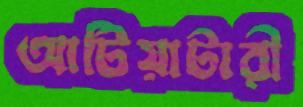
আটিয়াটারী